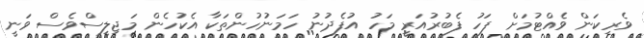
ވެރިކަން ވެއްޓުމަށް ފަހު ފެބުރުއަރީ މަހު އުފެދުނު ހަމަނުހުންތަކާ އެކުހެން މަޖިލީސްވެސް ވަނީ